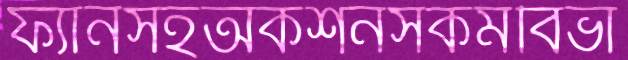
ফ্যানসহঅকশনসকর্মবিভা